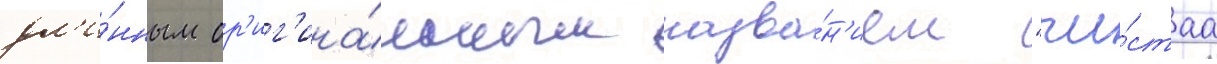
дл'и́нным ор'иг'ина́льным назва́н'ием "чи́стаа